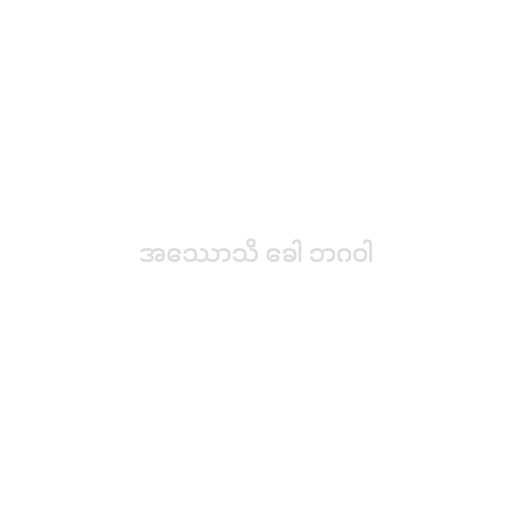
အဿောသိ ခေါ ဘဂဝါ